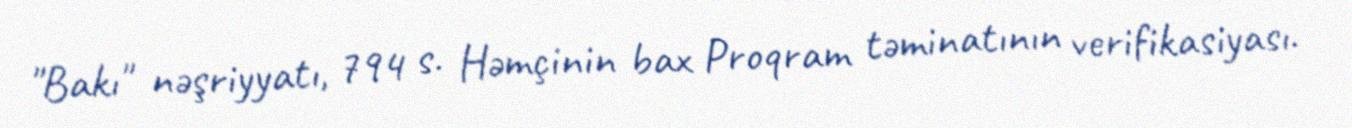
"Bakı" nəşriyyatı, 794 s. Həmçinin bax Proqram təminatının verifikasiyası.